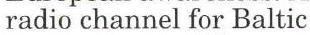
radio channel for Baltic